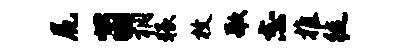
尻茵桐猥枚歌志推徙